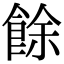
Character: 餘